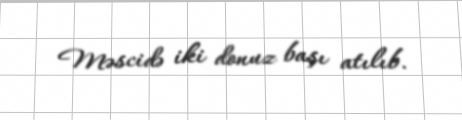
Məscidə iki donuz başı atılıb.